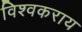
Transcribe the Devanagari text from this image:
विश्वकराय